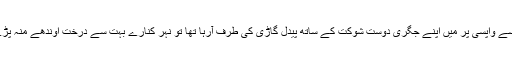
اسکول سے واپسی پر میں اپنے جگری دوست شوکت کے ساتھ پیدل گاڑی کی طرف آرہا تھا تو نہر کنارے بہت سے درخت اوندھے منہ پڑے تھے۔